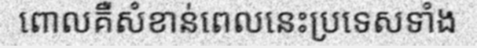
ពោលគឺសំខាន់ពេលនេះប្រទេសទាំង